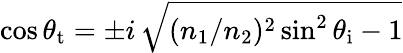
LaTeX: \cos\theta_{\mathrm{t}}=\pm i\, {\sqrt{(n_{1}/n_{2})^{2}\sin^{2}\theta_{\mathrm{i}}-1}}